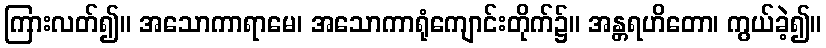
ကြားလတ်၍။ အသောကာရာမေ၊ အသောကာရုံကျောင်းတိုက်၌။ အန္တရဟိတော၊ ကွယ်ခဲ့၍။